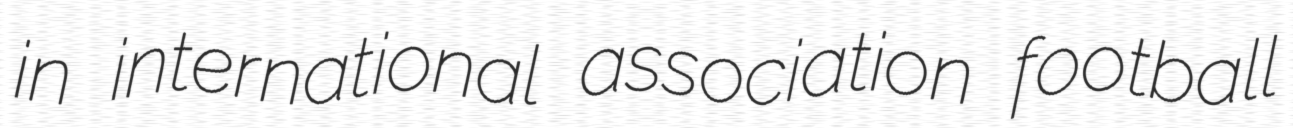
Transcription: in international association football